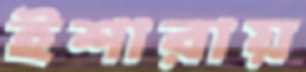
ইশারায়